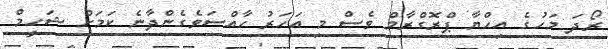
ރޯދަ މަހުގެ އިހްޔާ ޕްރޮގްރާމް ވެސް މި އަހަރު ހާއްސަވެގެންދާނެ ކަމަށް ޝަހީމް